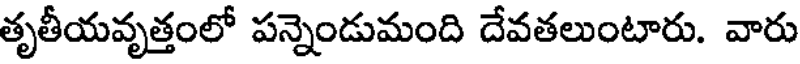
తృతీయవృత్తంలో పన్నెండుమంది దేవతలుంటారు. వారు